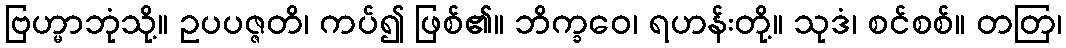
ဗြဟ္မာဘုံသို့။ ဥပပဇ္ဇတိ၊ ကပ်၍ ဖြစ်၏။ ဘိက္ခဝေ၊ ရဟန်းတို့။ သုဒံ၊ စင်စစ်။ တတြ၊